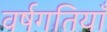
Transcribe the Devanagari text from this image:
वर्षगतियाँ